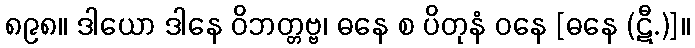
၈၉၈။ ဒါယော ဒါနေ ဝိဘတ္တဗ္ဗ၊ ဓနေ စ ပိတုနံ ဝနေ [ဓနေ (ဋီ.)]။